system: You are a helpful assistant.
user:
Analyze the provided spectrum to determine if it is a **"Cataclysmic Variables (CV)"**.

- **Key Indicators for CV (Check for either state):**
    - **State 1: Quiescent / Low-State (Emission-Dominated)**
        - **(Primary):** Strong and *very broad* Hydrogen Balmer emission lines (e.g., $H\alpha$ at 6563 Å, $H\beta$ at 4861 Å). The 'broadness' (high velocity dispersion, often FWHM > 1000 km/s) is the key diagnostic, indicating a high-velocity accretion disk.
        - **(Secondary):** Broad neutral Helium (He I) emission lines (e.g., 5876 Å, 6678 Å).
        - **(Key Confirmation):** Presence of high-excitation *ionized* Helium (He II) emission at 4686 Å. This is a strong indicator of accretion onto a white dwarf.
        - **(Line Profile):** Emission lines may exhibit a 'double-peaked' profile, which is a classic signature of a rotating accretion disk viewed at high inclination.

    - **State 2: Outburst / High-State (Absorption-Dominated)**
        - **(Primary):** Spectrum is dominated by a bright, blue continuum (looks like a hot star).
        - **(Secondary):** The emission lines from State 1 are weak, absent, or 'filled in', and are replaced by broad, shallow *absorption* lines (primarily Balmer and He I).
        - **(Morphology):** The overall spectrum mimics a hot B/A-type star. The crucial difference is that the absorption lines are significantly broader, shallower, and more 'washed-out' (or 'smeared') than the sharp lines of a normal stellar photosphere, due to high rotational speeds and pressure broadening in the disk.

Think first, call **spectral_visualization_tool** if needed to examine features in detail, then provide your final answer. Your response must adhere to the following strict rules:
1.  **Overall Structure:** Your response must follow the format `<think>...</think> <tool_call>...</tool_call> (if a tool is used) <answer>...</answer>`.
2.  **Tool Usage Constraint:** You may only make **one** tool call per turn.
3.  **Final Answer Format:** In the `<answer>` tag, your conclusion must be inside a `\boxed{}` command (e.g., `\boxed{YES}`), followed by your justification.

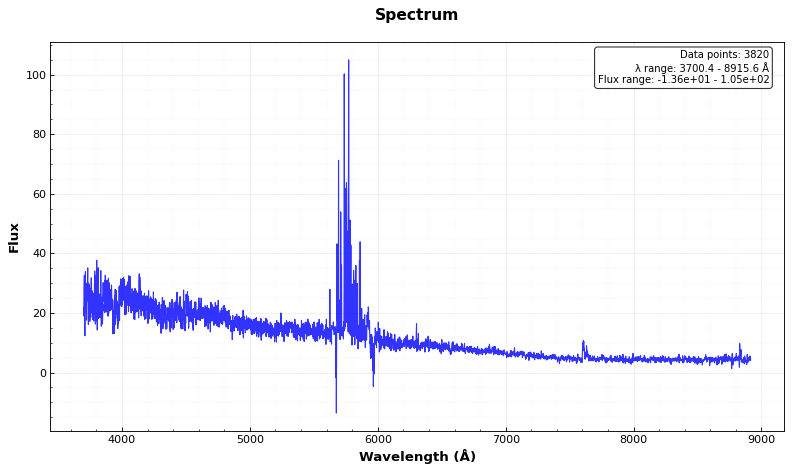
Answer: NO